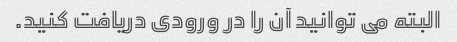
البته می توانید آن را در ورودی دریافت کنید.